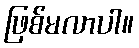
ဖြစ်မလာပါ။